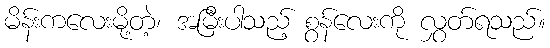
မိန်းကလေးမို့တဲ့၊ အမြီးပါသည့် စွန်လေးကို လွှတ်ရသည်။